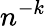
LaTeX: n^{-k}